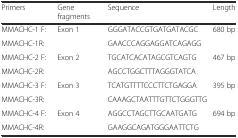
<table><thead><tr><td><b>Primers</b></td><td><b>Gene fragments</b></td><td><b>Sequence</b></td><td><b>Length</b></td></tr></thead><tbody><tr><td>MMACHC-1 F:</td><td rowspan="2">Exon 1</td><td>GGGATACCGTGATGATACGC</td><td rowspan="2">680 bp</td></tr><tr><td>MMACHC-1R:</td><td>GAACCCAGGAGGATCAGAGG</td></tr><tr><td>MMACHC-2 F:</td><td rowspan="2">Exon 2</td><td>TGCATCACATAGCGTCAGTG</td><td rowspan="2">467 bp</td></tr><tr><td>MMACHC-2R:</td><td>AGCCTGGCTTTAGGGTATCA</td></tr><tr><td>MMACHC-3 F:</td><td rowspan="2">Exon 3</td><td>TCATGTTTTCCCTTCTGAGGA</td><td rowspan="2">395 bp</td></tr><tr><td>MMACHC-3R:</td><td>CAAAGCTAATTTGTTCTGGGTTG</td></tr><tr><td>MMACHC-4 F:</td><td rowspan="2">Exon 4</td><td>AGGCCTAGCTTGCAATGATG</td><td rowspan="2">694 bp</td></tr><tr><td>MMACHC-4R:</td><td>GAAGGCAGATGGGAATTCTG</td></tr></tbody></table>